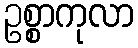
ဥစ္စာကုလာ